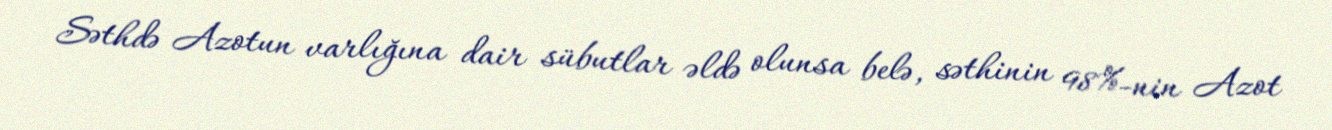
Səthdə Azotun varlığına dair sübutlar əldə olunsa belə, səthinin 98%-nin Azot